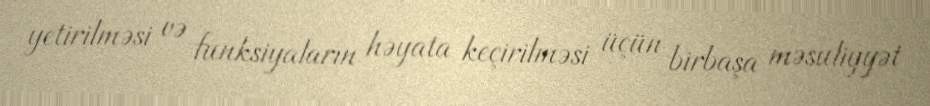
yetirilməsi və funksiyaların həyata keçirilməsi üçün birbaşa məsuliyyət